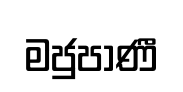
මජුපාණී